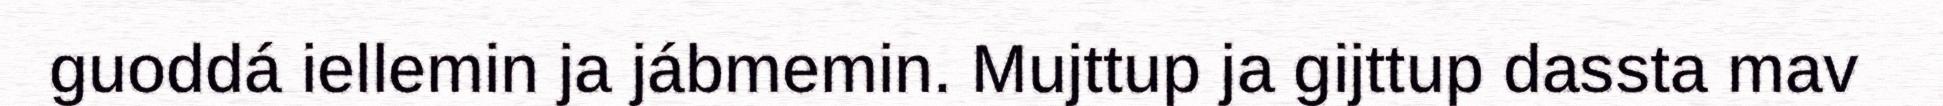
guoddá iellemin ja jábmemin. Mujttup ja gijttup dassta mav